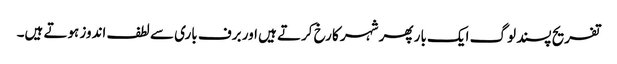
تفریح پسند لوگ ایک بار پھر شہر کا رخ کرتے ہیں اور برف باری سے لطف اندوز ہوتے ہیں۔